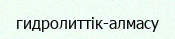
гидролиттік-алмасу